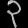
Digit: ၃